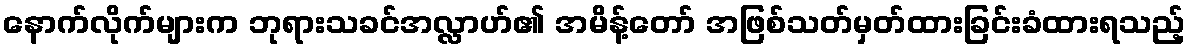
နောက်လိုက်များက ဘုရားသခင်အလ္လာဟ်၏ အမိန့်တော် အဖြစ်သတ်မှတ်ထားခြင်းခံထားရသည့်